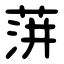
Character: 蓱